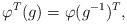
LaTeX: \begin{align*}\varphi^{T}(g)=\varphi(g^{-1})^{T}, \end{align*}